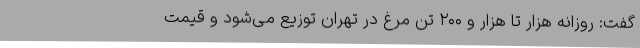
گفت: روزانه هزار تا هزار و ۲۰۰ تن مرغ در تهران توزیع می‌شود و قیمت